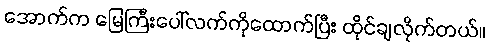
အောက်က မြေကြီးပေါ်လက်ကိုထောက်ပြီး ထိုင်ချလိုက်တယ်။